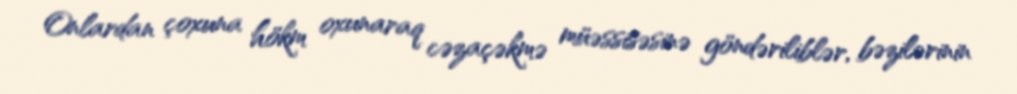
Onlardan çoxuna hökm oxunaraq cəzaçəkmə müəssisəsinə göndəriliblər, bəzilərinin